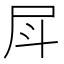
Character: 𡰷